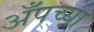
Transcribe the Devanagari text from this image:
अँपच्या